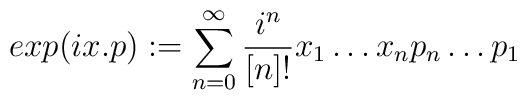
exp(i x.p):= \sum^{\infty}_{n=0} \frac{i^{n}}{[n]!} x_{1}\ldots x_{n}p_{n}\ldots p_{1}